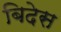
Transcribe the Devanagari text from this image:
बिदेस